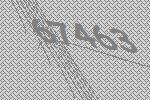
67463